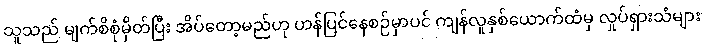
သူသည် မျက်စိစုံမှိတ်ပြီး အိပ်တော့မည်ဟု ဟန်ပြင်နေစဉ်မှာပင် ကျန်လူနှစ်ယောက်ထံမှ လှုပ်ရှားသံများ